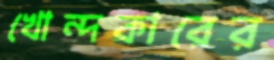
খোন্দকারের